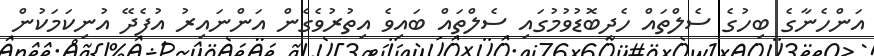
އަންހެނާގެ ބިހުގެ ސެލްތައް ހެދިބޮޑުވުމުގައި ސެލްތައް ބައިވެ އިތުރުވެގެން އަންނައިރު އުފެދޭ އުނިކަމަކުން